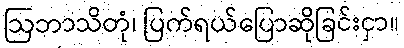
ဩဘာသိတုံ၊ ပြက်ရယ်ပြောဆိုခြင်းငှာ။